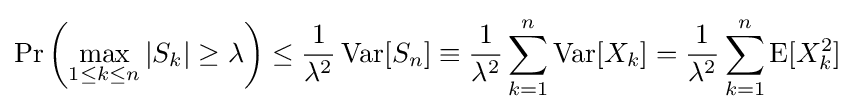
\Pr \left(\max _{1\leq k\leq n}|S_{k}|\geq \lambda \right)\leq {\frac {1}{\lambda ^{2}}}\operatorname {Var} [S_{n}]\equiv {\frac {1}{\lambda ^{2}}}\sum _{k=1}^{n}\operatorname {Var} [X_{k}]={\frac {1}{\lambda ^{2}}}\sum _{k=1}^{n}{\text{E}}[X_{k}^{2}]